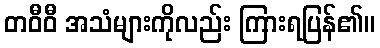
တဝီဝီ အသံများကိုလည်း ကြားရပြန်၏။